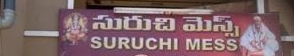
Language: telugu
Transcription: మెస్స్ సురుచి